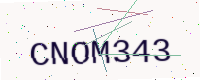
Text: CNOM343